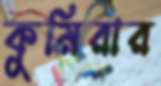
কুমিরার